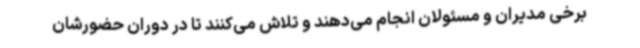
برخی مدیران و مسئولان انجام می‌دهند و تلاش می‌کنند تا در دوران حضورشان